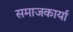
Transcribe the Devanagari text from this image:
समाजकार्या